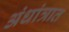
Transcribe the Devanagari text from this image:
अंधांत्रात